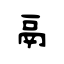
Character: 鬲